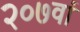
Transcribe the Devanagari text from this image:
२०७वां